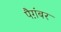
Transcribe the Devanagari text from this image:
पैग़ंबर